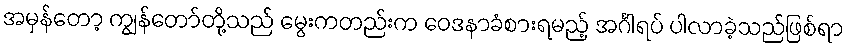
အမှန်တော့ ကျွန်တော်တို့သည် မွေးကတည်းက ဝေဒနာခံစားရမည့် အင်္ဂါရပ် ပါလာခဲ့သည်ဖြစ်ရာ